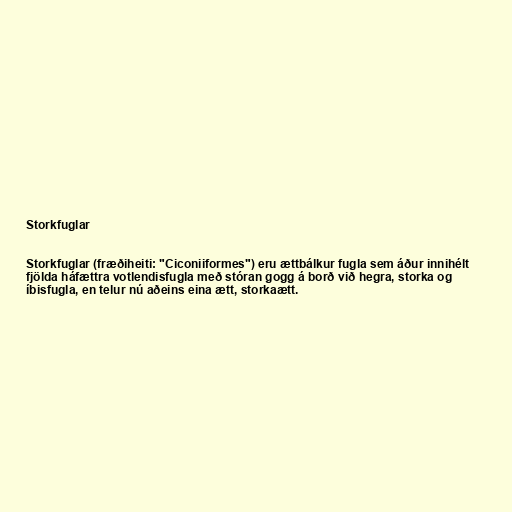
Storkfuglar

Storkfuglar (fræðiheiti: "Ciconiiformes") eru ættbálkur fugla sem áður innihélt
fjölda háfættra votlendisfugla með stóran gogg á borð við hegra, storka og
íbisfugla, en telur nú aðeins eina ætt, storkaætt.